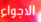
الاجواء